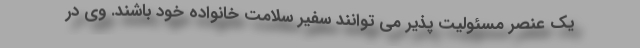
یک عنصر مسئولیت پذیر می توانند سفیر سلامت خانواده خود باشند. وی در